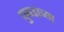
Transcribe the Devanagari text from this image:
घुबडाच्या